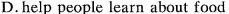
D.help people learn about food